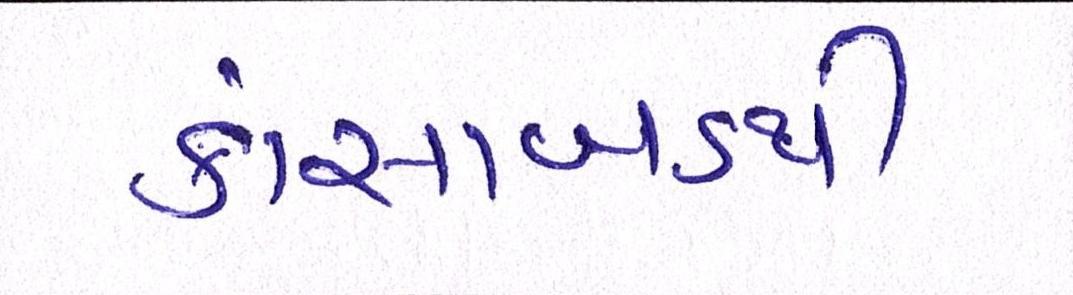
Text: કાંસાબડથી